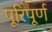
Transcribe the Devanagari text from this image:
पूरिपूर्ण